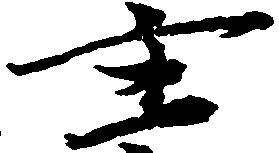
主